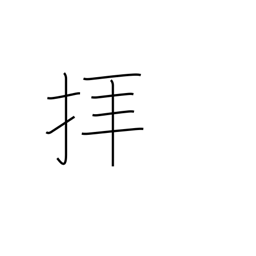
Meaning: pray to